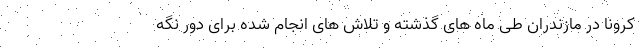
کرونا در مازندران طی ماه های گذشته و تلاش های انجام شده برای دور نگه